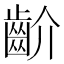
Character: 齘